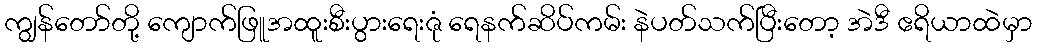
ကျွန်တော်တို့ ကျောက်ဖြူအထူးစီးပွားရေးဇုံ ရေနက်ဆိပ်ကမ်း နဲပတ်သက်ပြီးတော့ အဲဒီ ဧရိယာထဲမှာ